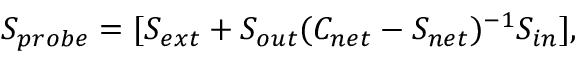
S _ { p r o b e } = [ S _ { e x t } + S _ { o u t } ( C _ { n e t } - S _ { n e t } ) ^ { - 1 } S _ { i n } ] ,